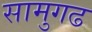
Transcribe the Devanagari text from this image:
सामुगढ